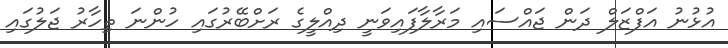
އުޅުނު އަފްޒަލް ދަން ޖައްސައި މަރާލާފައިވަނީ ދިއްލީގެ ރަށްބޭރުގައި ހުންނަ ތިހާރު ޖަލުގައި